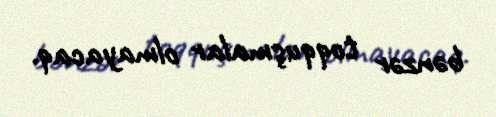
bənzər toqquşmalar olmayacaq.